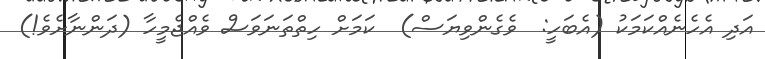
އަދި އެހެނެއްކަމަކު (އެބަހީ:  ވެގެންވިޔަސް)  ކަމަށް ހިތްތަނަވަސް ވެއްޖެމީހާ (ދަންނާށެވެ!)